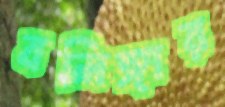
বলিঙ্গার